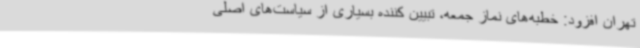
تهران افزود: خطبه‌های نماز جمعه، تبیین کننده بسیاری از سیاست‌های اصلی